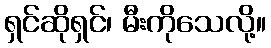
ရှင်ဆိုရှင်၊ မီးကိုသေလို့။